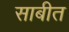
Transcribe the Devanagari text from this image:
साबीत